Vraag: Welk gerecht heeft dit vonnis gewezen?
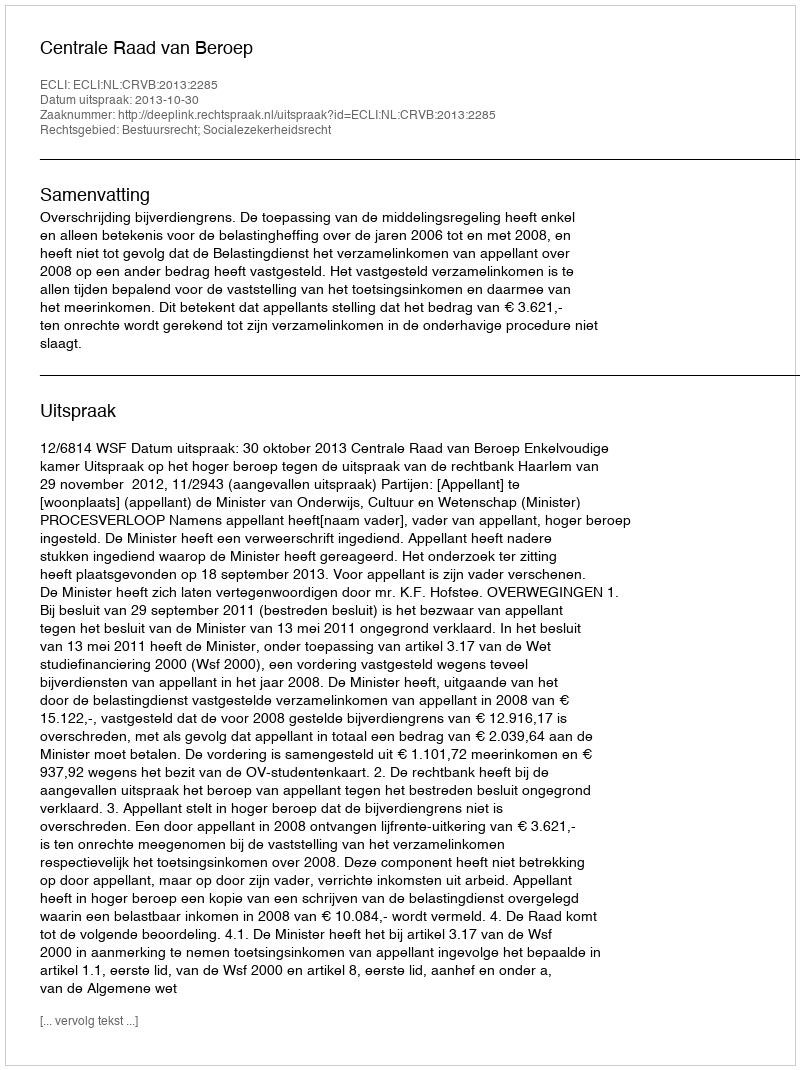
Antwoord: Centrale Raad van Beroep